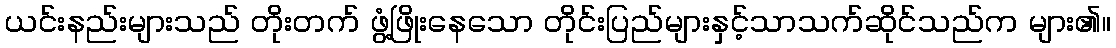
ယင်းနည်းများသည် တိုးတက် ဖွံ့ဖြိုးနေသော တိုင်းပြည်များနှင့်သာသက်ဆိုင်သည်က များ၏။